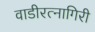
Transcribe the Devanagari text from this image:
वाडीरत्नागिरी